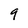
Character: 9